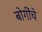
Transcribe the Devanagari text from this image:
बोगींचे